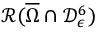
\mathcal { R } ( \overline { { \Omega } } \cap \mathcal { D } _ { \epsilon } ^ { 6 } )